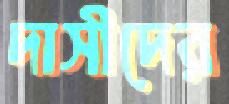
দাসীদের